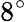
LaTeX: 8^{\circ}